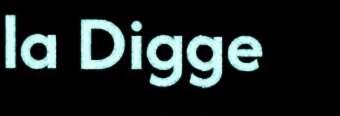
la Digge